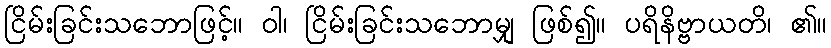
ငြိမ်းခြင်းသဘောဖြင့်။ ဝါ၊ ငြိမ်းခြင်းသဘောမျှ ဖြစ်၍။ ပရိနိဗ္ဗာယတိ၊ ၏။